system: You are a helpful assistant.
user:
Analyze the provided spectrum to determine if it is a **M-type Giant (gM)**.

A M-type Giant spectrum is defined by its **strong molecular absorption** features, particularly from **Titanium Oxide (TiO)**. You must check for one of the following mutually exclusive signatures:

- **Key Visual Indicators (Absorption-Dominated Spectrum):**

    - **(Primary):** The spectrum is dominated by strong molecular absorption from **Titanium Oxide (TiO)**. This is the **defining feature** of its M-type temperature class.
        - **(Key Bandheads):** Look for sharp, "saw-tooth" absorption valleys. The strongest are located near **~7050 Å**, **~6160 Å**, and **~5170 Å**.
        - **(Line Profile):** The "saw-tooth" morphology is critical: a **sharp, steep drop on the BLUE (short-wavelength) side** of the bandhead, followed by a gradual recovery (rising flux) towards the RED (long-wavelength) side.

    - **(Key Confirmation - Giant vs. Dwarf):** **ABSENCE** of strong **Calcium Hydride (CaH)** molecular bands. This is the primary diagnostic for *excluding* M-dwarfs.
        - **(Key Region):** The spectrum should lack the strong, broad absorption band seen in dwarfs between **~6800 Å and ~7000 Å**.

    - **(Secondary Confirmation - Giant):** A very strong and broad **Neutral Calcium (Ca I)** atomic absorption line.
        - **(Key Line):** Located at **~4226 Å**. In a giant (gM), this line is significantly deeper and broader than the same line in an M-dwarf (dM) due to low surface gravity.

    - **(Overall Spectrum):**
        - The continuum is **extremely red-sloping** (i.e., flux is very low in the blue and rises dramatically towards the red).
        - The entire spectrum appears "chopped up" by the deep TiO bands.

Think first, call **spectral_visualization_tool** if needed to examine features in detail, then provide your final answer. Your response must adhere to the following strict rules:
1.  **Overall Structure:** Your response must follow the format `<think>...</think> <tool_call>...</tool_call> (if a tool is used) <answer>...</answer>`.
2.  **Tool Usage Constraint:** You may only make **one** tool call per turn.
3.  **Final Answer Format:** In the `<answer>` tag, your conclusion must be inside a `\boxed{}` command (e.g., `\boxed{YES}` or `\boxed{NO}`), followed by your justification.

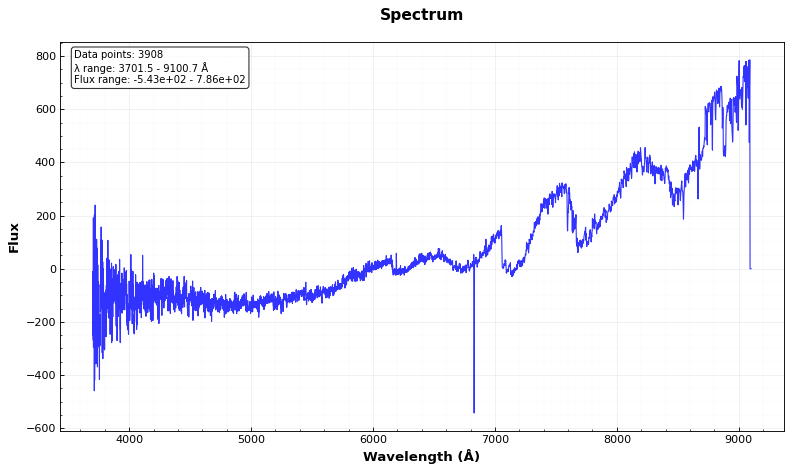
Answer: YES